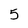
Character: 5